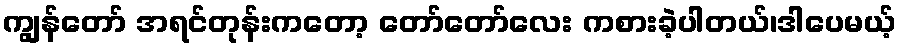
ကျွန်တော် အရင်တုန်းကတော့ တော်တော်လေး ကစားခဲ့ပါတယ်၊ဒါပေမယ့်